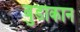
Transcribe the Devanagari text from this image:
बुडोकान